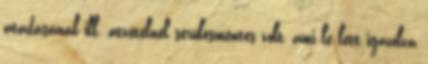
átadásánál ill. átvételnél sérülésmentes volt, ami le lett igazolva